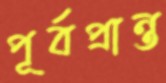
পূর্বপ্রান্ত